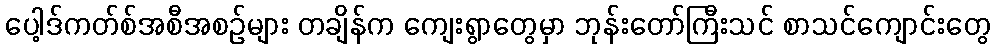
ပေါ့ဒ်ကတ်စ်အစီအစဉ်များ တချိန်က ကျေးရွာတွေမှာ ဘုန်းတော်ကြီးသင် စာသင်ကျောင်းတွေ